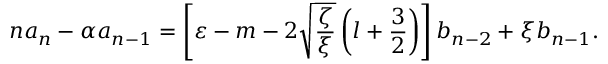
n a _ { n } - \alpha a _ { n - 1 } = \left[ \varepsilon - m - 2 \sqrt { \frac { \zeta } { \xi } } \left( l + { \frac { 3 } { 2 } } \right) \right] b _ { n - 2 } + \xi b _ { n - 1 } .